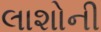
લાશોની